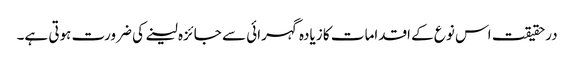
درحقیقت اس نوع کے اقدامات کا زیادہ گہرائی سے جائزہ لینے کی ضرورت ہوتی ہے۔